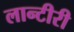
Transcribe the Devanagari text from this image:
लान्टीरी